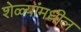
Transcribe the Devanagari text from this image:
शेळ्यांमधील